Education (Scotland) Act, 1908. Medical Inspection, 1908
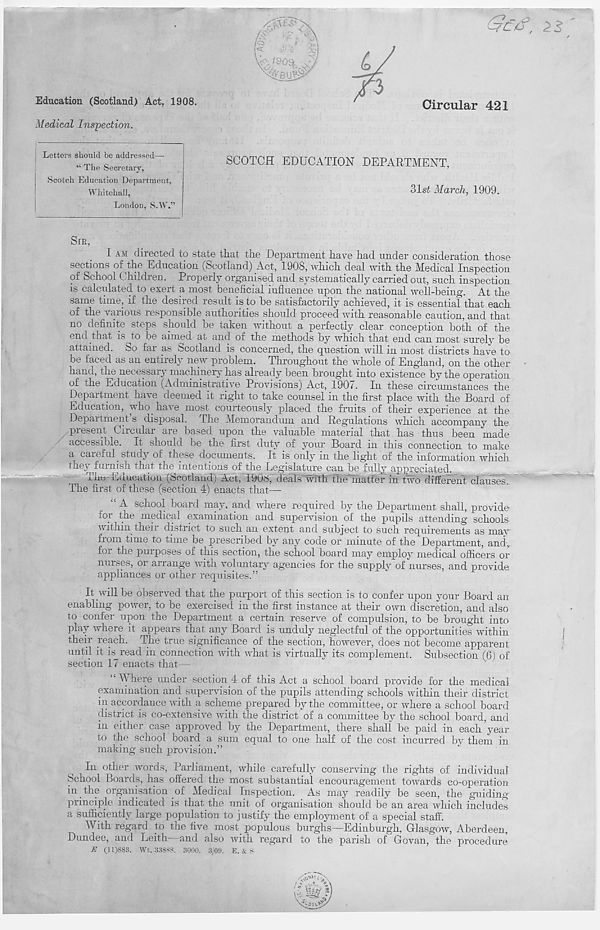
/o
Education (Scotland) Act, 1908.
Medical Inspection.
Circular 421
Letters should be addressed—•
“ The Secretary,
Scotch Education Department,
Whitehall,
London, S.W.’
SCOTCH EDUCATION DEPARTMENT,
31st March, 1909.
SIR,
I AM directed to state that the Department have had under consideration those
sections of^the Education (Scotland) Act, 1908, which deal with the Medical Inspection
of School Children. Properly organised and systematically carried out, such inspection
is calculated to exert a most beneficial influence upon the national well-being. At the
same time, if the desired result is to be satisfactorily achieved, it is essential that each
of the ^£1110113 responsible authorities should proceed with reasonable caution, and that
no definite steps should be taken without a perfectly clear conception both of the
end that is to be aimed at and of the methods by which that end can most surely be
attained. So far as Scotland is concerned, the question will in most districts have to
be faced as an entirely new problem. Throughout the whole of England, on the other
hand, the necessary machmery has already been brought into existence by the operation
of the Education (Administrative Provisions) Act, 190v. In these circumstances the
Department have deemed it right to take counsel in the first place with the Board of
Education, who have most courteously placed the fruits of their experience at the
Department’s disposal. The Memorandum and Regulations which accompany the
present Circular are based upon the valuable material that has thus been made
accessible. It should be the first duty of your Board in this connection to make
a caieful study of these documents. It is only m the light of the information which
they ^furnish that the intentions of the Legislature can be fully appreciated.
The Education (Scotland) Act, 1908, deals with the'matter in' two different clauses.
The first of these (section 4) enacts that—
A school board may, and where required by the Department shall, provide-
ioi the medical examination and supervision of the pupils attending schools
within their district to such an extent and subject to such requirements as may
from time to time be prescribed by any code or minute of the Department, andy
for the purposes of this section, the school board may employ medical officers or
nurses, or arrange with voluntary agencies for the supply of nurses, and provide
appliances or other requisites.”
It will be observed that the purport of this section is to confer upon your Board an
enabling power, to be exercised in the first instance at their own discretion, and also
to confer upon the Department a certain reserve of compulsion, to be brought into
play where it appears that any Board is unduly neglectful of the opportunities within
their reach. The true significance of the section, however, does not become apparent
until it is read in connection with what is virtually its complement. Subsection (6) of
section 17 enacts that—
‘ Where under section 4 of this Act a school board provide for the medical
examination and supervision of the pupils attending schools within their district
in accordance with a scheme prepared by the committee, or where a school board
district is co-extensive with the district of a committee by the school board, and
in either case approved by the Department, there shall be paid in each’year
to the school board, a sum equal to one half of the cost incurred by them in
making such provision.”
In other words, Parliament, while carefully conserving the rights of individual
School Boards, has offered the most substantial encouragement towards co-operation
in the organisation of Medical Inspection. As may readily be seen, the guiding
principle indicated is that the unit of organisation should be an area which includes
a sufficiently large population to justify the employment of a special staff.
With regard to the five most populous burghs—Edinburgh, Glasgow, Aberdeen,
Dundee, and Leith and also with regard to the parish of Govan, the procedure
E (11)883. Wt. 33888. 3000. 3/09. E. & S